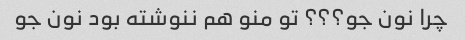
چرا نون جو؟؟؟ تو منو هم ننوشته بود نون جو